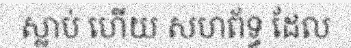
ស្លាប់ ហើយ សហព័ទ្ធ ដែល